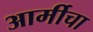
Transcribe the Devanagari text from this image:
आर्मीचा